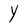
Character: Y